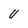
Character: U